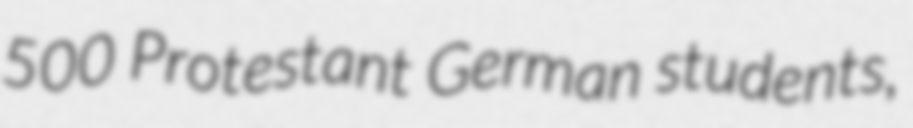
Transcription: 500 Protestant German students,